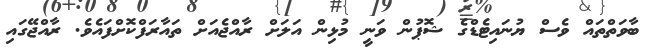
ބާވަތްތައް ވެސް ޔުނައިޓެޑްގެ ޝޮޕުން ވަނީ މުޅިން އަލަށް ރާއްޖެއަށް ތައާރަފްކޮށްފައެވެ. ރާއްޖޭގައި